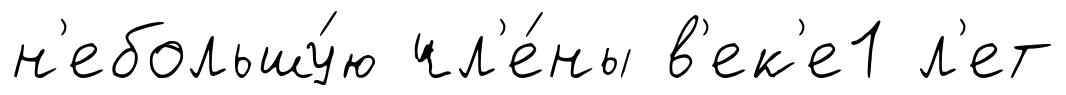
н'ебольшу́ю чл'е́ны в'ек'е1 л'ет